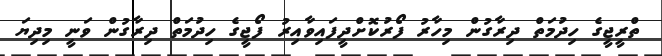
ތްރީޖީގެ ހިދުމަތް ދިރާގުން މިހާރު ފޯރުކޮށްދީފައިވާއިރު ފޯޖީގެ ހިދުމަތް ދިރާގުން ވަނީ މިދިޔަ